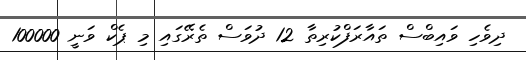
ދިވެހި ވައިބްސް ތައާރަފްކުރިތާ 12 ދުވަސް ތެރޭގައި މި ޕެކް ވަނީ 100000